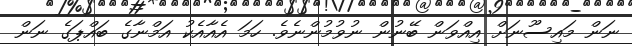
ނަން މައިސޫނަށް އިއްވަން ބޭނުން ނުވުމުންނެވެ. ހަމަ އެއާއެކު އަމްނާގެ ބައްޕަގެ ނަން